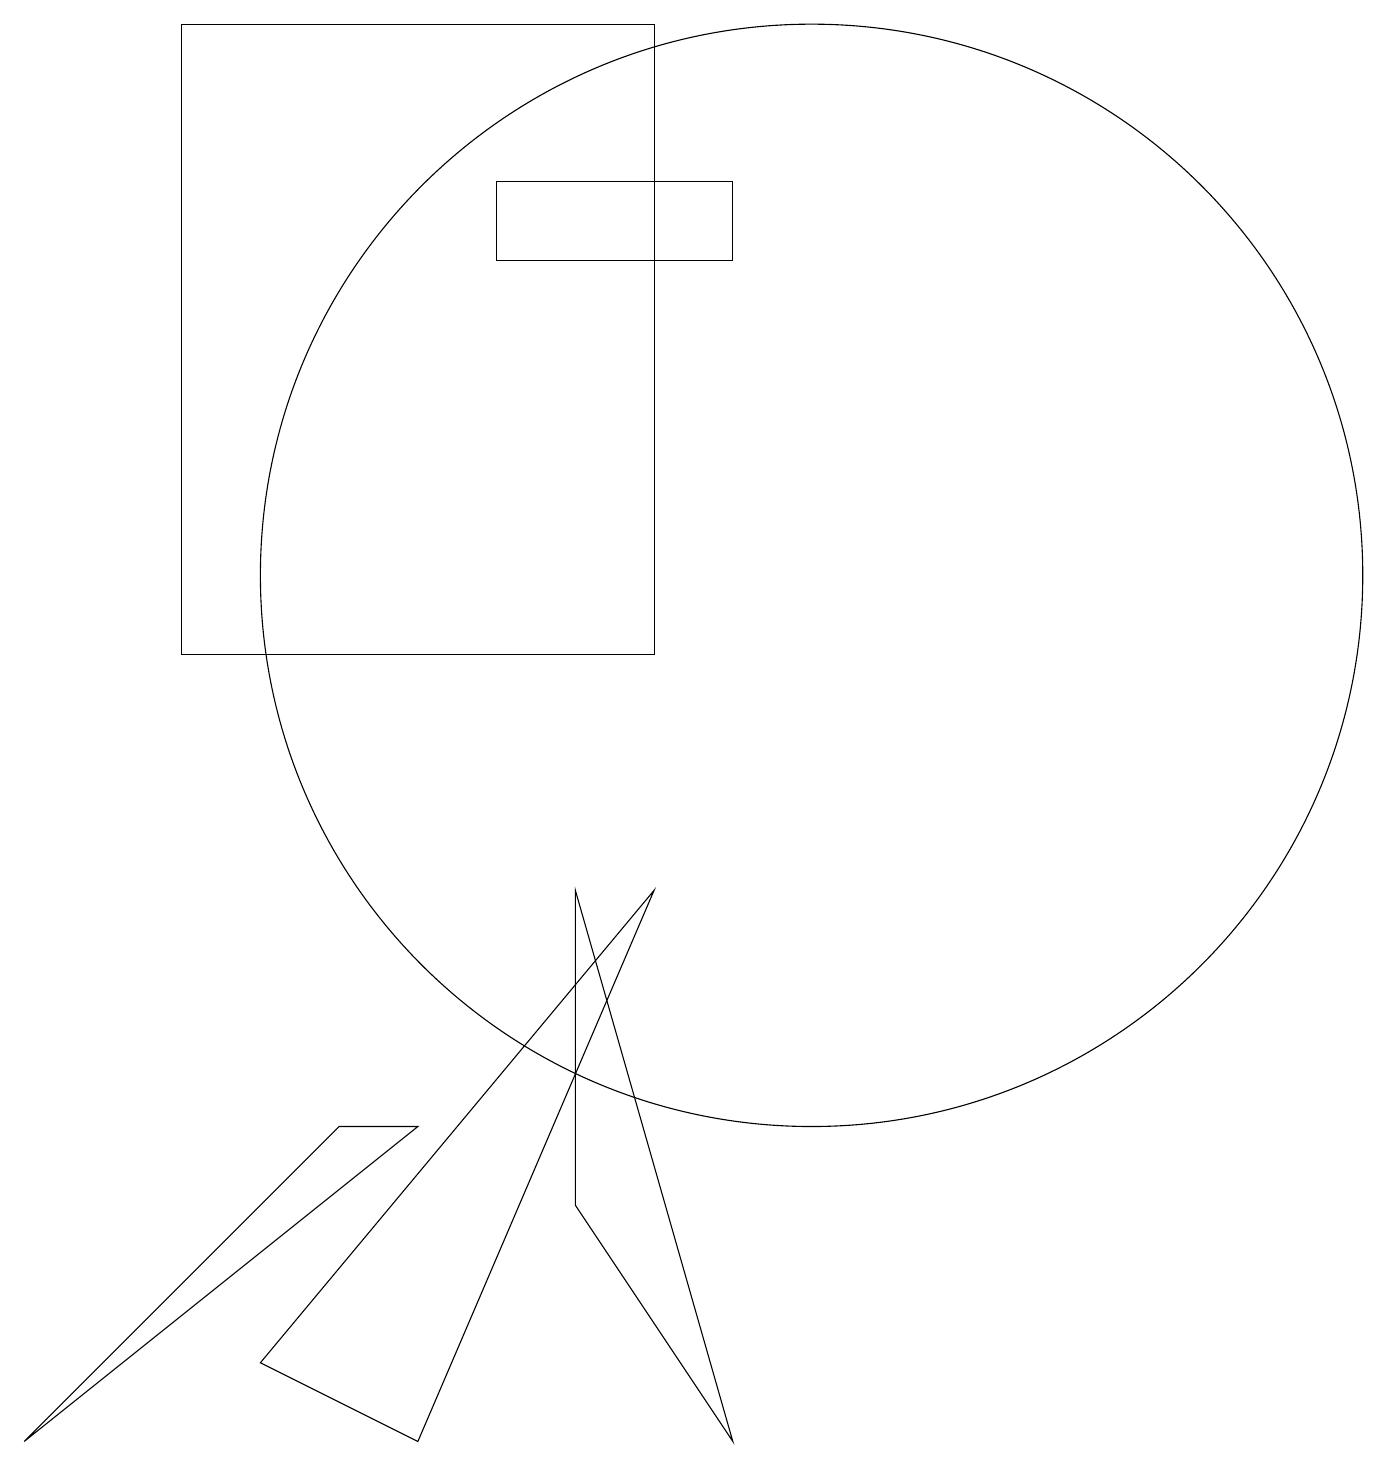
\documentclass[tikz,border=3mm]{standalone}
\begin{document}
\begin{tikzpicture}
\draw (9,16) rectangle (6,15);
\draw (7,3) -- (9,0) -- (7,7) -- cycle;
\draw (8,7) -- (3,1) -- (5,0) -- cycle;
\draw (0,0) -- (5,4) -- (4,4) -- cycle;
\draw (8,10) rectangle (2,18);
\draw (10,11) circle (7);
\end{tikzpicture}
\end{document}